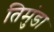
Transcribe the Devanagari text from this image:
तिमुंडा